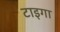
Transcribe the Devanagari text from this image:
टाइगा